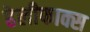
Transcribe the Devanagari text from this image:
हेलीफाक्स